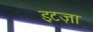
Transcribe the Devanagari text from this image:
इटज़ा